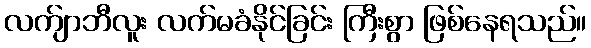
လက်ျာဘီလူး လက်မခံနိုင်ခြင်း ကြီးစွာ ဖြစ်နေရသည်။